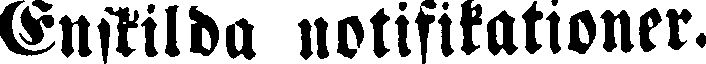
Enskilda notifikationer.